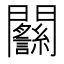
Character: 𨷴